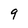
Character: 9